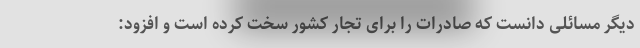
دیگر مسائلی دانست که صادرات را برای تجار کشور سخت کرده است و افزود: